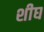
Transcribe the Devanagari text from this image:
शीघ